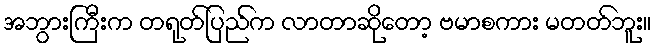
အဘွားကြီးက တရုတ်ပြည်က လာတာဆိုတော့ ဗမာစကား မတတ်ဘူး။